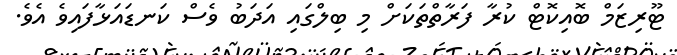
ޓޫރިޒަމް ބޮއިކޮޓް ކުރާ ފަރާތްތަކަށް މި ބިލްގައި އަދަބު ވެސް ކަނޑައަޅާފައިވެ އެވެ.